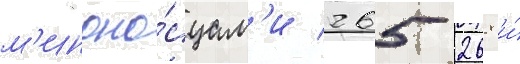
м'иноно́сцам'и 265 268 и́